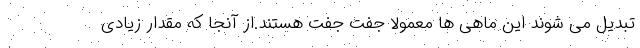
تبدیل می شوند این ماهی ها معمولا جفت جفت هستند.از آنجا که مقدار زیادی